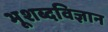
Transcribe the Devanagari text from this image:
भूशब्दविज्ञान